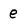
Character: e